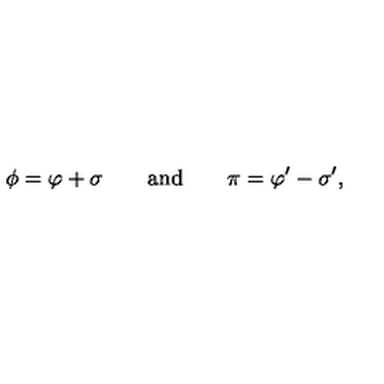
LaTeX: \phi = \varphi + \sigma \qquad \mathrm { a n d } \qquad \pi = \varphi ^ { \prime } - \sigma ^ { \prime } ,